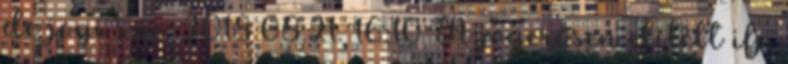
de jogi sze. 2018.08.21. 16:10 A jogerősen elítélt ifj.